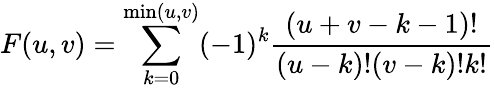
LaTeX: F(u,v)=\sum_{k=0}^{\mathrm{min}(u,v)}(-1)^{k}\frac{(u+v-k-1)!}{(u-k)!(v-k)!k!}